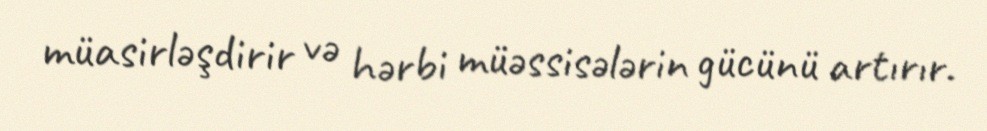
müasirləşdirir və hərbi müəssisələrin gücünü artırır.